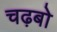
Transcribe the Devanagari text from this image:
चढ़बो